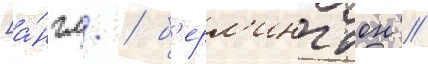
[а́нгл. / б'ерл'ингтон //